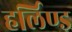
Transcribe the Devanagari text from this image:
हर्लिण्ड